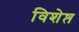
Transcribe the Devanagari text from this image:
विशेष्त